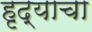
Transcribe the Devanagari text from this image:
हृद्याचा